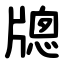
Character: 牕